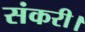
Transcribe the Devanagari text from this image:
संकरी।